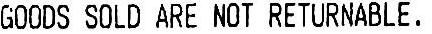
GOODS SOLD ARE NOT RETURNABLE,